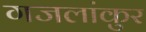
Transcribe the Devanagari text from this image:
गजलांकुर